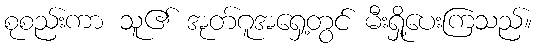
စုစည်းကာ သူ၏ အုတ်ဂူအရှေ့တွင် မီးရှို့ပေးကြသည်။